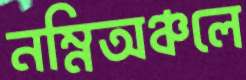
নম্নিঅঞ্চলে